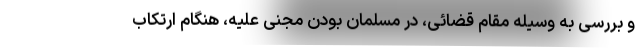
و بررسی به وسیله مقام قضائی، در مسلمان بودن مجنی علیه، هنگام ارتکاب